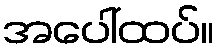
အပေါ်ထပ်။